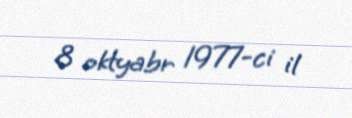
8 oktyabr 1977-ci il